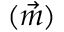
( \vec { m } )